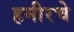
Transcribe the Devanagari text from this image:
हमीरचे